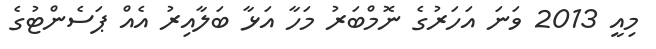
މިއީ 2013 ވަނަ އަހަރުގެ ނޮމްބަރު މަހާ އަޅާ ބަލާއިރު އެއް ޕަސެންޓުގެ